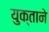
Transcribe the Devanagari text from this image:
युक्ताने